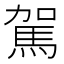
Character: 駕